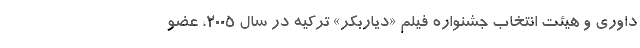
داوری و هيئت انتخاب جشنواره فيلم «دياربكر» ترکیه در سال 2005، عضو